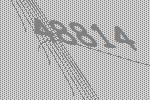
48814